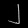
Digit: ၂